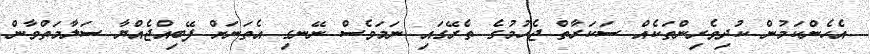
އެހެންކަމުން ކުދިވެރިންތަކެއް ސަކަރާތް ޖެހުމުގެ ތެރޭގައި ނަމަވެސް ނޭނގި އެތަނަށް ފޭބިއްޖެއްޔާ ސަލާމަތްވާން